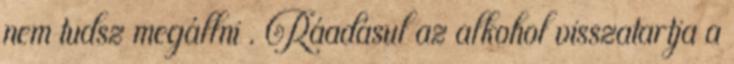
nem tudsz megállni . Ráadásul az alkohol visszatartja a